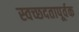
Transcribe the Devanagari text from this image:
स्वच्छदतापूर्वक